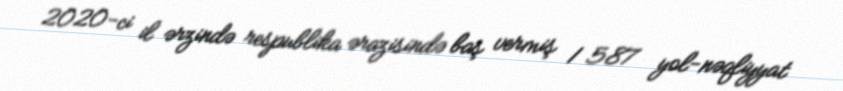
2020-ci il ərzində respublika ərazisində baş vermiş 1 587 yol-nəqliyyat